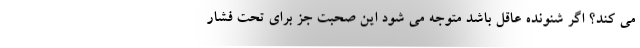
می کند؟ اگر شنونده عاقل باشد متوجه می شود این صحبت جز برای تحت فشار